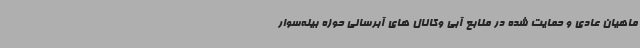
ماهیان عادی و حمایت شده در منابع آبی وکانال های آبرسانی حوزه بیله‌سوار